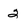
Character: 2